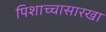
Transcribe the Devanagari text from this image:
पिशाच्चासारखा